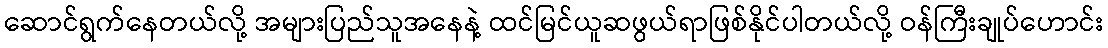
ဆောင်ရွက်နေတယ်လို့ အများပြည်သူအနေနဲ့ ထင်မြင်ယူဆဖွယ်ရာဖြစ်နိုင်ပါတယ်လို့ ဝန်ကြီးချုပ်ဟောင်း